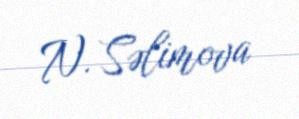
N. Səlimova